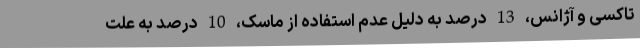
تاکسی و آژانس، 13 درصد به دلیل عدم استفاده از ماسک، 10 درصد به علت